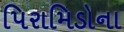
પિરામિડોના